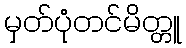
မှတ်ပုံတင်မိတ္တူ